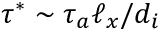
\tau ^ { * } \sim \tau _ { a } \ell _ { x } / d _ { i }